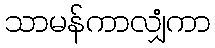
သာမန်ကာလျှံကာ